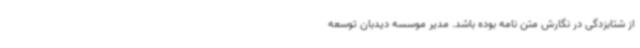
از شتابزدگی در نگارش متن نامه بوده باشد. مدیر موسسه دیدبان توسعه